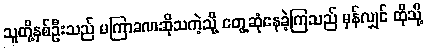
သူတို့နှစ်ဦးသည် မကြာခဏဆိုသကဲ့သို့ တွေ့ဆုံနေခဲ့ကြသည် မှန်လျှင် ထိုသို့